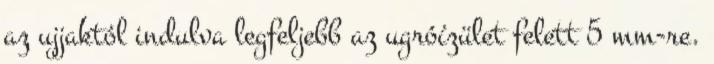
az ujjaktól indulva legfeljebb az ugróízület felett 5 mm-re.